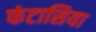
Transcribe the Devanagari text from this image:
फंटासिया